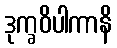
ဒုက္ခဝိပါကာနိ